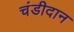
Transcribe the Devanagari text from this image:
चंडीदान